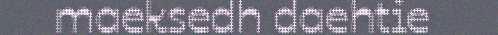
maeksedh daehtie